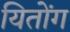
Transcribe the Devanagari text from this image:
यितोंग